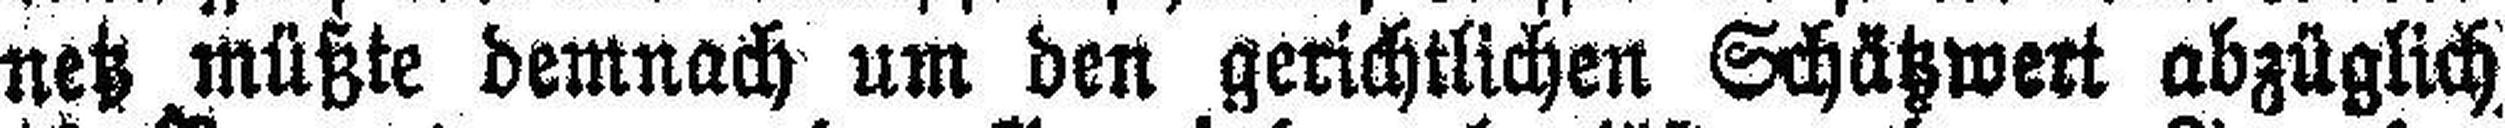
netz müßte demnach um den gerichtlichen Schätzwert abzüglich